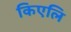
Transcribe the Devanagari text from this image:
किएलि